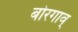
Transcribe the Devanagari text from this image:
बोरगाव्